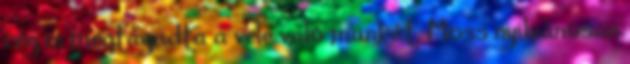
cég is megtagadta a vele való munkát. Moss nyilvánosan